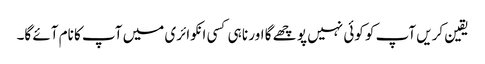
یقین کریں آپ کو کوئی نہیں پو چھے گا اور نا ہی کسی انکوائری میں آپ کا نام آئے گا۔